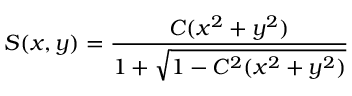
S ( x , y ) = \frac { C ( x ^ { 2 } + y ^ { 2 } ) } { 1 + \sqrt { 1 - C ^ { 2 } ( x ^ { 2 } + y ^ { 2 } ) } }